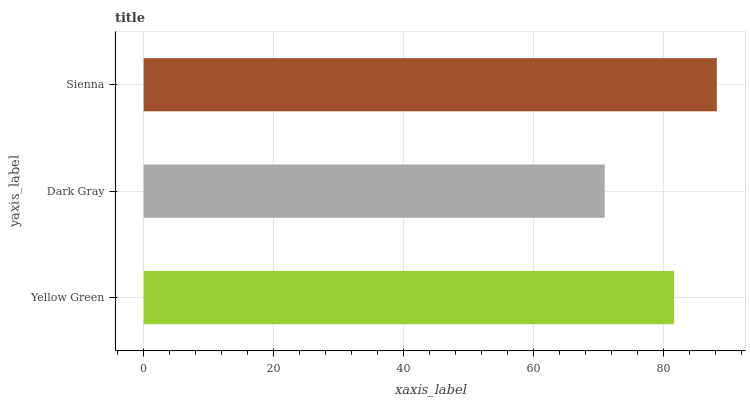
| yaxis_label | bars |
 | --- | --- |
 | Yellow Green | 81.5 |
 | Dark Gray | 70.9 |
 | Sienna | 88.1 |